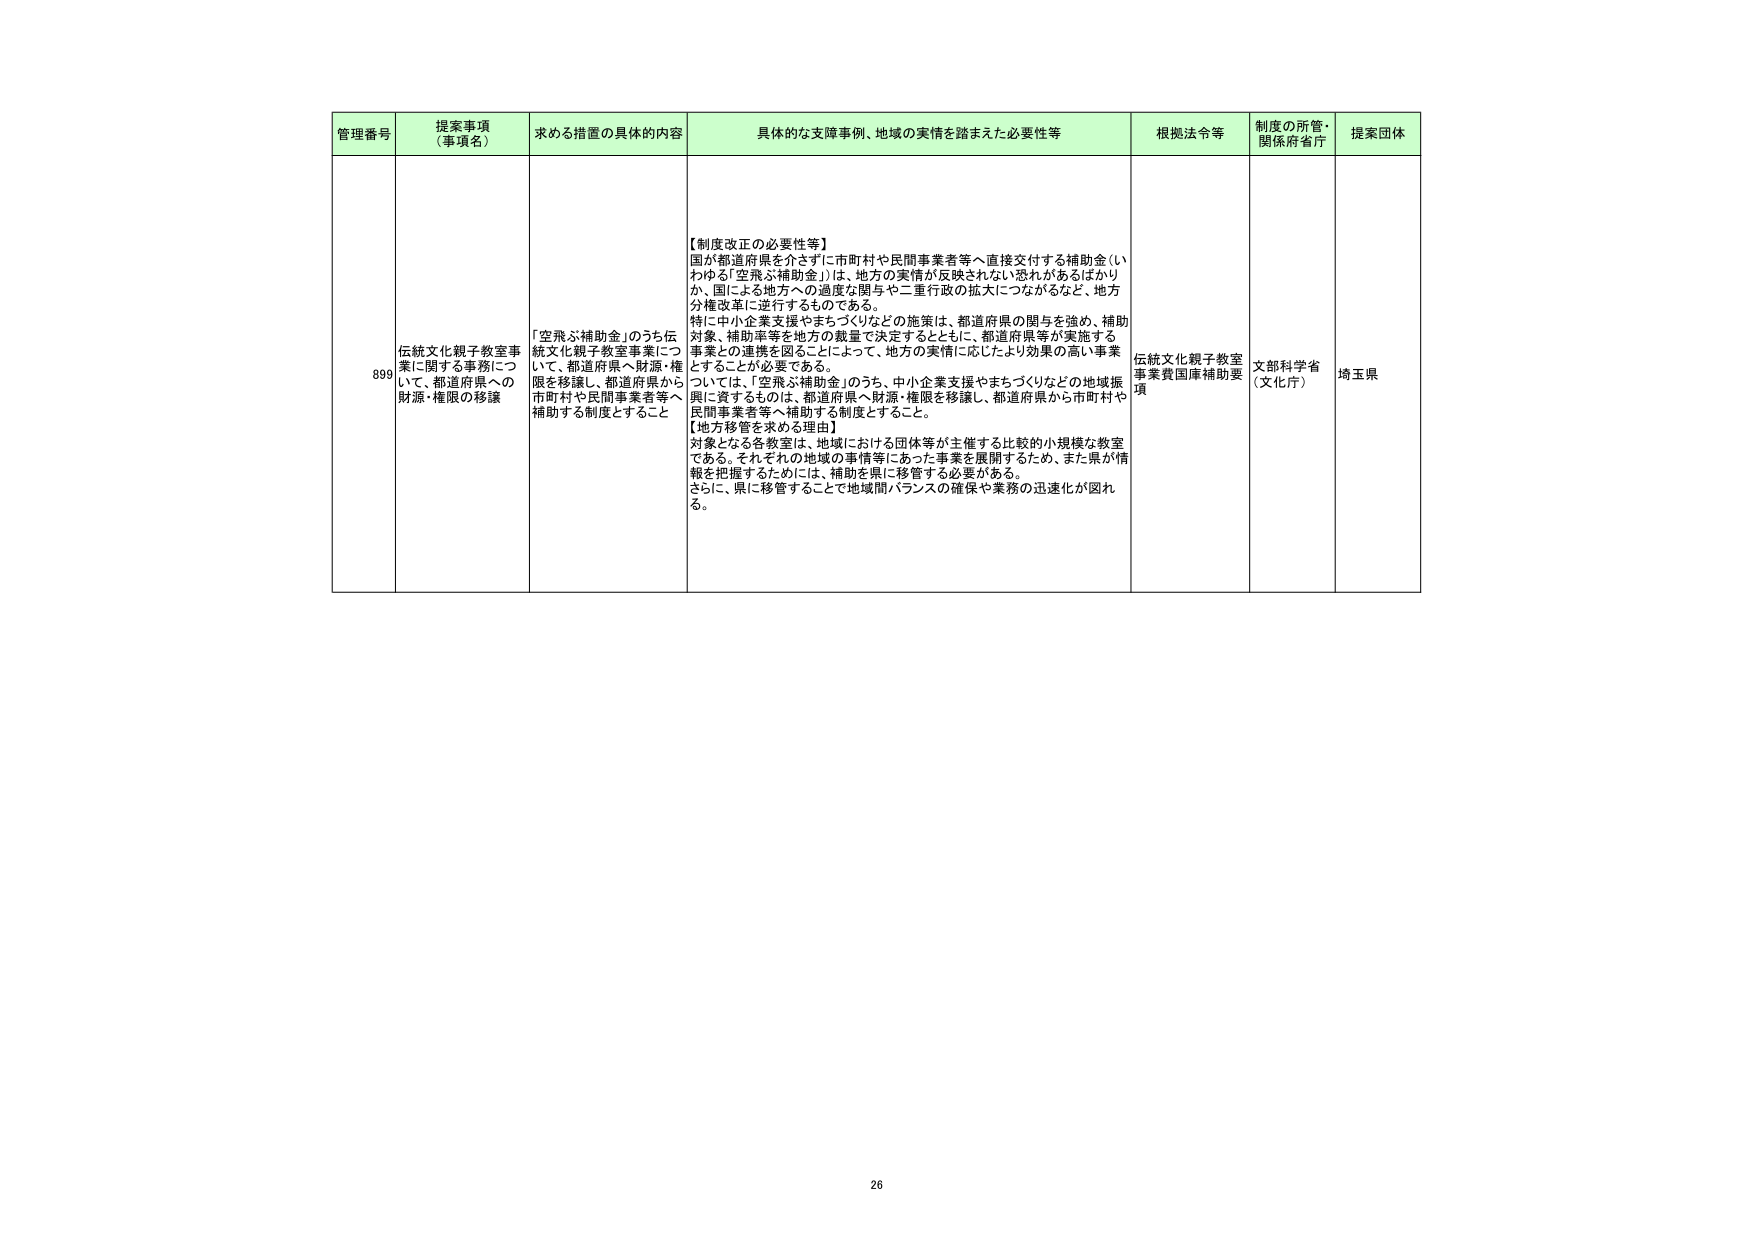
管理番号 提案事項 （事項名） 求める措置の具体的内容 具体的な支障事例、地域の実情を踏まえた必要性等 根拠法令等 制度の所管・ 関係府省庁 提案団体 899 伝統文化親子教室事業に関する事務について、都道府県への財源・権限の移譲 「空飛ぶ補助金」のうち伝統文化親子教室事業について、都道府県へ財源・権限を移譲し、都道府県から市町村や民間事業者等へ補助する制度とすること 【制度改正の必要性等】 国が都道府県を介さずに市町村や民間事業者等へ直接交付する補助金（いわゆる「空飛ぶ補助金」）は、地方の実情が反映されない恐れがあるばかりか、国による地方への過度な関与や二重行政の拡大につながるなど、地方分権改革に逆行するものである。 特に中小企業支援やまちづくりなどの施策は、都道府県の関与を強め、補助対象、補助率等を地方の裁量で決定するとともに、都道府県等が実施する事業との連携を図ることによって、地方の実情に応じたより効果の高い事業とすることが必要である。 ついては、「空飛ぶ補助金」のうち、中小企業支援やまちづくりなどの地域振興に資するものは、都道府県へ財源・権限を移譲し、都道府県から市町村や民間事業者等へ補助する制度とすること。 【地方移管を求める理由】 対象となる各教室は、地域における団体等が主催する比較的小規模な教室である。それぞれの地域の事情等にあった事業を展開するため、また県が情報を把握するためには、補助を県に移管する必要がある。 さらに、県に移管することで地域間バランスの確保や業務の迅速化が図れる。 伝統文化親子教室事業費国庫補助要項 文部科学省 （文化庁） 埼玉県 26